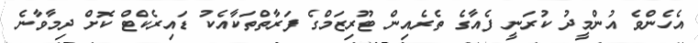
އެހެންވެ އުންމީދު ކުރަނީ ފެއާގެ ތެރެއިން ޓޫރިޒަމްގެ ފަރާތްތަކާއެކު ޑައިރެކްޓް ކޮށް ދިމާވާނެ